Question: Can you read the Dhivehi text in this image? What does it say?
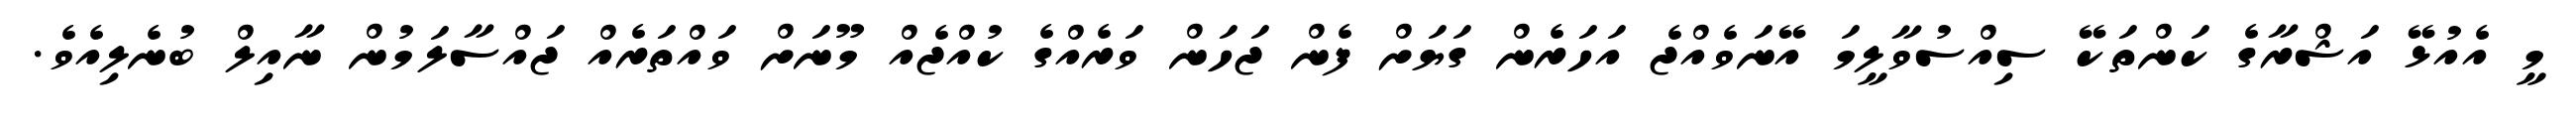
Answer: މީ އެއުޅޭ އަޝްރާގެ ކަންތަކޭ ސިއްސުވާލީމަ އޭނަވެއްޖެ އަހަރެން ގަޔަށް ފެން ޖަހަން ވަރެއްގެ ކުއްޖެއް މޫނަށް ވައްތަރެއް ޖައްސާލަމުން ނާއިލް ބުނެލިއެވެ.